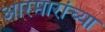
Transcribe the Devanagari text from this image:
आरमारांच्या